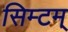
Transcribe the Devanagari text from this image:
सिम्टम्